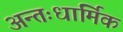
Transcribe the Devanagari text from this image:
अन्तःधार्मिक